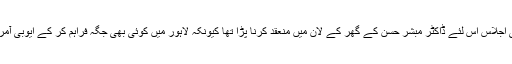
50 برس پہلے پیپلز پارٹی کو اپنا تاسیسی اجلاس اس لئے ڈاکٹر مبشر حسن کے گھر کے لان میں منعقد کرنا پڑا تھا کیونکہ لاہور میں کوئی بھی جگہ فراہم کر کے ایوبی آمریت کے انتقام کا نشانہ نہیں بننا چاہتا تھا۔